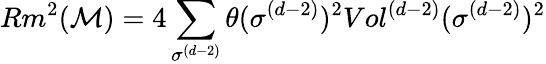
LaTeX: Rm^{2}(\mathcal{M})=4\sum_{\sigma^{(d-2)}}\theta(\sigma^{(d-2)})^{2}Vol^{(d-2)}(\sigma^{(d-2)})^{2}